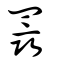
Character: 羉